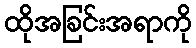
ထိုအခြင်းအရာကို